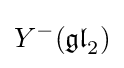
Y^{-}({\mathfrak {gl}}_{2})